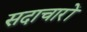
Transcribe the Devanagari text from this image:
सदाचारों